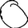
Digit: 0